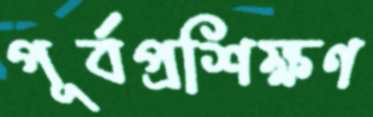
পূর্বপ্রশিক্ষণ